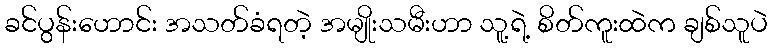
ခင်ပွန်းဟောင်း အသတ်ခံရတဲ့ အမျိုးသမီးဟာ သူ့ရဲ့ စိတ်ကူးထဲက ချစ်သူပဲ